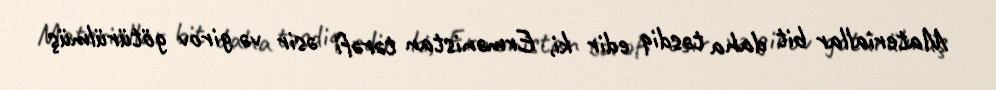
Materiallar bit daha təsdiq edir ki, Ermənistan tərəfi əsir və girov götürülmüş